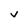
Character: v